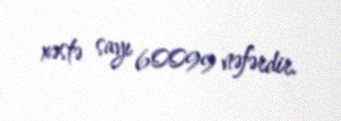
xəstə sayı 60099 nəfərdir.